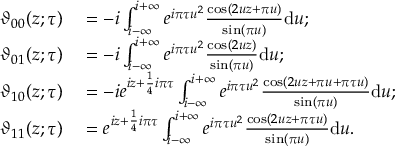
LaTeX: \begin{array} { r l } { \vartheta _ { 0 0 } ( z ; \tau ) } & { { } = - i \int _ { i - \infty } ^ { i + \infty } e ^ { i \pi \tau u ^ { 2 } } { \frac { \cos ( 2 u z + \pi u ) } { \sin ( \pi u ) } } \mathrm { d } u ; } \\ { \vartheta _ { 0 1 } ( z ; \tau ) } & { { } = - i \int _ { i - \infty } ^ { i + \infty } e ^ { i \pi \tau u ^ { 2 } } { \frac { \cos ( 2 u z ) } { \sin ( \pi u ) } } \mathrm { d } u ; } \\ { \vartheta _ { 1 0 } ( z ; \tau ) } & { { } = - i e ^ { i z + { \frac { 1 } { 4 } } i \pi \tau } \int _ { i - \infty } ^ { i + \infty } e ^ { i \pi \tau u ^ { 2 } } { \frac { \cos ( 2 u z + \pi u + \pi \tau u ) } { \sin ( \pi u ) } } \mathrm { d } u ; } \\ { \vartheta _ { 1 1 } ( z ; \tau ) } & { { } = e ^ { i z + { \frac { 1 } { 4 } } i \pi \tau } \int _ { i - \infty } ^ { i + \infty } e ^ { i \pi \tau u ^ { 2 } } { \frac { \cos ( 2 u z + \pi \tau u ) } { \sin ( \pi u ) } } \mathrm { d } u . } \end{array}